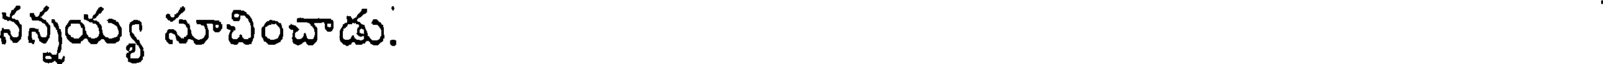
నన్నయ్య సూచించాడు.